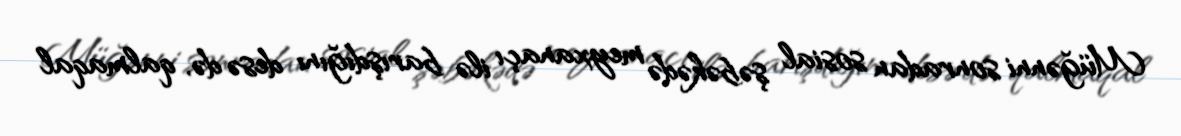
Müğənni sonradan sosial şəbəkədə meyxanaçı ilə barışdığını desə də, qalmaqal